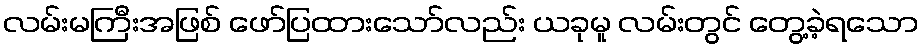
လမ်းမကြီးအဖြစ် ဖော်ပြထားသော်လည်း ယခုမူ လမ်းတွင် တွေ့ခဲ့ရသော